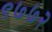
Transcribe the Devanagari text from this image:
९७७२